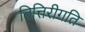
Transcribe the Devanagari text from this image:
तित्तिरीगति